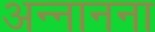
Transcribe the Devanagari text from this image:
अन्नानना